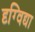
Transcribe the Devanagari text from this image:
दृग्विद्या